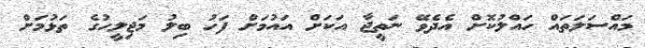
މައްސަލަތައް ހައްލުކޮށް އެދެވޭ ނަތީޖާ އަކަށް އައުމަށް ފަހު ބިލު މަޖިލީހުގެ ތަޅުމަށް